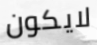
لايكون